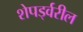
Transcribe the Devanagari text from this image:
शेपर्ड्वरील